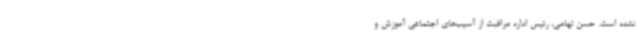
نشده است. حسن تهامی، رئیس اداره مراقبت از آسیب‌های اجتماعی آموزش و